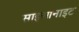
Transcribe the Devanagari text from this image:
साइआनाइट